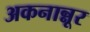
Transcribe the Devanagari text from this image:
अकनान्नूर